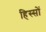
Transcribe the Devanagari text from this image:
हिस्सों